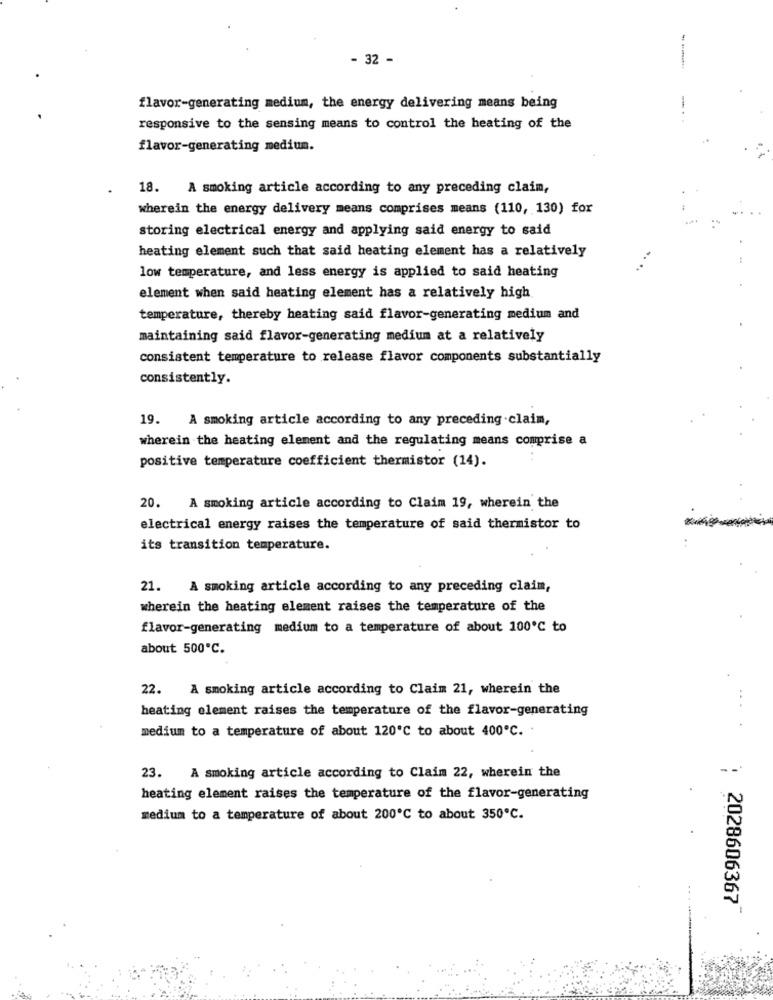
- 32 -
flavor-generating medium, the energy delivering means being
-
responsive to the sensing means to control the heating of the
flavor-generating medium.
18. A smoking article according to any preceding claim,
wherein the energy delivery means comprises means (110, 130) for
storing electrical energy and applying said energy to said
heating element such that said heating element has a relatively
low temperature, and less energy is applied to said heating
element when said heating element has a relatively high
temperature, thereby heating said flavor-generating medium and
maintaining said flavor-generating medium at a relatively
consistent temperature to release flavor components substantially
consistently.
19. A smoking article according to any preceding claim,
wherein the heating element and the regulating means comprise a
positive temperature coefficient thermistor (14).
20. A smoking article according to Claim 19, wherein the
electrical energy raises the temperature of said thermistor to
its transition temperature.
21.
A smoking article according to any preceding claim,
wherein the heating element raises the temperature of the
flavor-generating medium to a temperature of about 100℃ to
about 500℃.
22. A smoking article according to Claim 21, wherein the
heating element raises the temperature of the flavor-generating
medium to a temperature of about 120'℃ to about 400℃. .
23.
A smoking article according to Claim 22, wherein the
heating element raises the temperature of the flavor-generating
medium to a temperature of about 200℃ to about 350℃.
: 2028606367